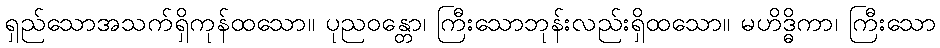
ရှည်သောအသက်ရှိကုန်ထသော။ ပုညဝန္တော၊ ကြီးသောဘုန်းလည်းရှိထသော။ မဟိဒ္ဓိကာ၊ ကြီးသော